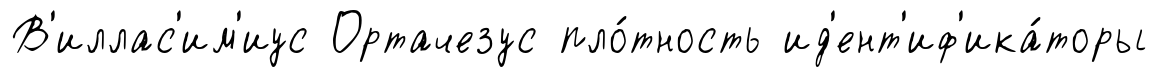
В'иллас'им'иус Ортачезус пло́тность ид'ент'иф'ика́торы